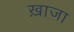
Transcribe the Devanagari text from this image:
ख़ाजा